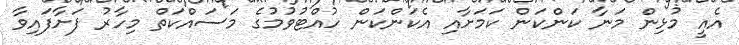
އެއީ މުޅިން މަނާ ކަންކަން ކަމަށާއި އެކަންކަން ހުއްޓުވުމުގެ މަސައްކަތް މިހާރު ފަށާފައިވާ